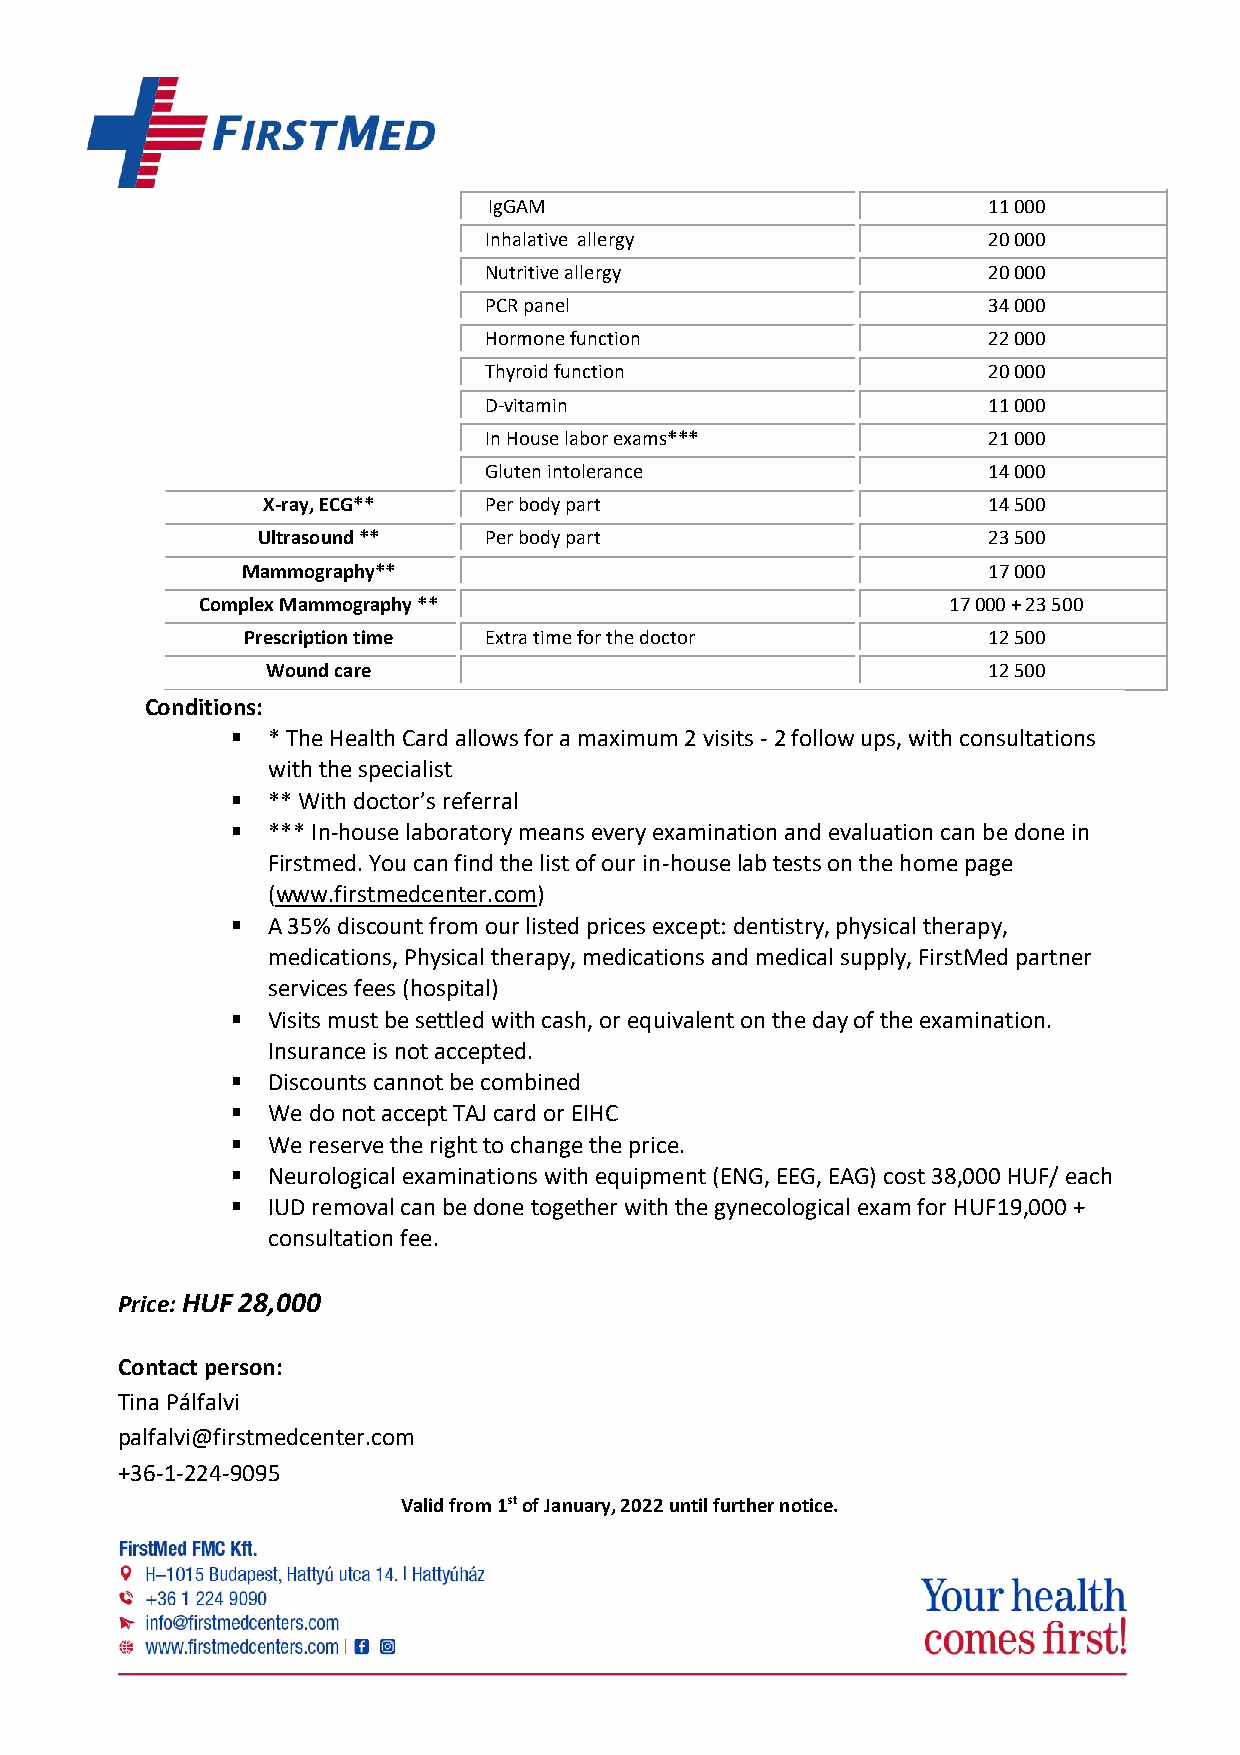
IgGAM                            11 000
 Inhalative allergy               20 000
 Nutritive allergy                20 000
 PCR panel                        34 000
 Hormone function                 22 000
 Thyroid function                 20 000
 D-vitamin                        11 000
 In House labor exams***          21 000
 Gluten intolerance               14 000
 X-ray, ECG**   Per body part                    14 500
 Ultrasound **  Per body part                    23 500
 Mammography**                                    17 000
 Complex Mammography **                            17 000 + 23 500
 Prescription time Extra time for the doctor      12 500
 Wound care                                     12 500
 Conditions:
   * The Health Card allows for a maximum 2 visits - 2 follow ups, with consultations
 with the specialist
   ** With doctor’s referral
   *** In-house laboratory means every examination and evaluation can be done in
 Firstmed. You can find the list of our in-house lab tests on the home page
 (www.firstmedcenter.com)
   A 35% discount from our listed prices except: dentistry, physical therapy,
 medications, Physical therapy, medications and medical supply, FirstMed partner
 services fees (hospital)
   Visits must be settled with cash, or equivalent on the day of the examination.
 Insurance is not accepted.
   Discounts cannot be combined
   We do not accept TAJ card or EIHC
   We reserve the right to change the price.
   Neurological examinations with equipment (ENG, EEG, EAG) cost 38,000 HUF/ each
   IUD removal can be done together with the gynecological exam for HUF19,000 +
 consultation fee.
 Price: HUF 28,000
 Contact person:
 Tina Pálfalvi
 palfalvi@firstmedcenter.com
 +36-1-224-9095
 Valid from 1st of January, 2022 until further notice.